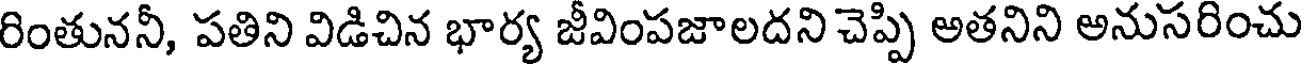
రింతుననీ, పతిని విడిచిన భార్య జీవింపజాలదని చెప్పి అతనిని అనుసరించు